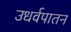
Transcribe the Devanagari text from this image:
उधर्वपातन